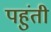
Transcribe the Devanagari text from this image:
पहुंती